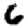
Digit: 6